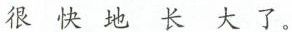
很快地长大了。